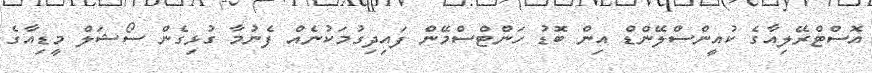
އޮސްޓްރޭލިއާގެ ކުއީންސްލޭންޑް އިން ބޮޑު ހަންޓްސްމޭން ފައިދިގުމަކުނެއް ފެނުމާ ގުޅިގެން ސޯޝަލް މީޑިއާގެ